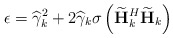
\begin{align*}\epsilon = \widehat{\gamma}_k^2 + 2\widehat{\gamma}_k\sigma_{}\left(\widetilde{\mathbf{H}}_k^H\widetilde{\mathbf{H}}_k\right)\end{align*}